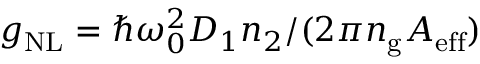
g _ { \mathrm { N L } } = \hbar \omega _ { 0 } ^ { 2 } D _ { 1 } n _ { 2 } / ( 2 \pi n _ { \mathrm { g } } A _ { \mathrm { e f f } } )